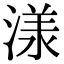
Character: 𣻌